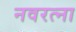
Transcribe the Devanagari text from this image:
नवरत्ना